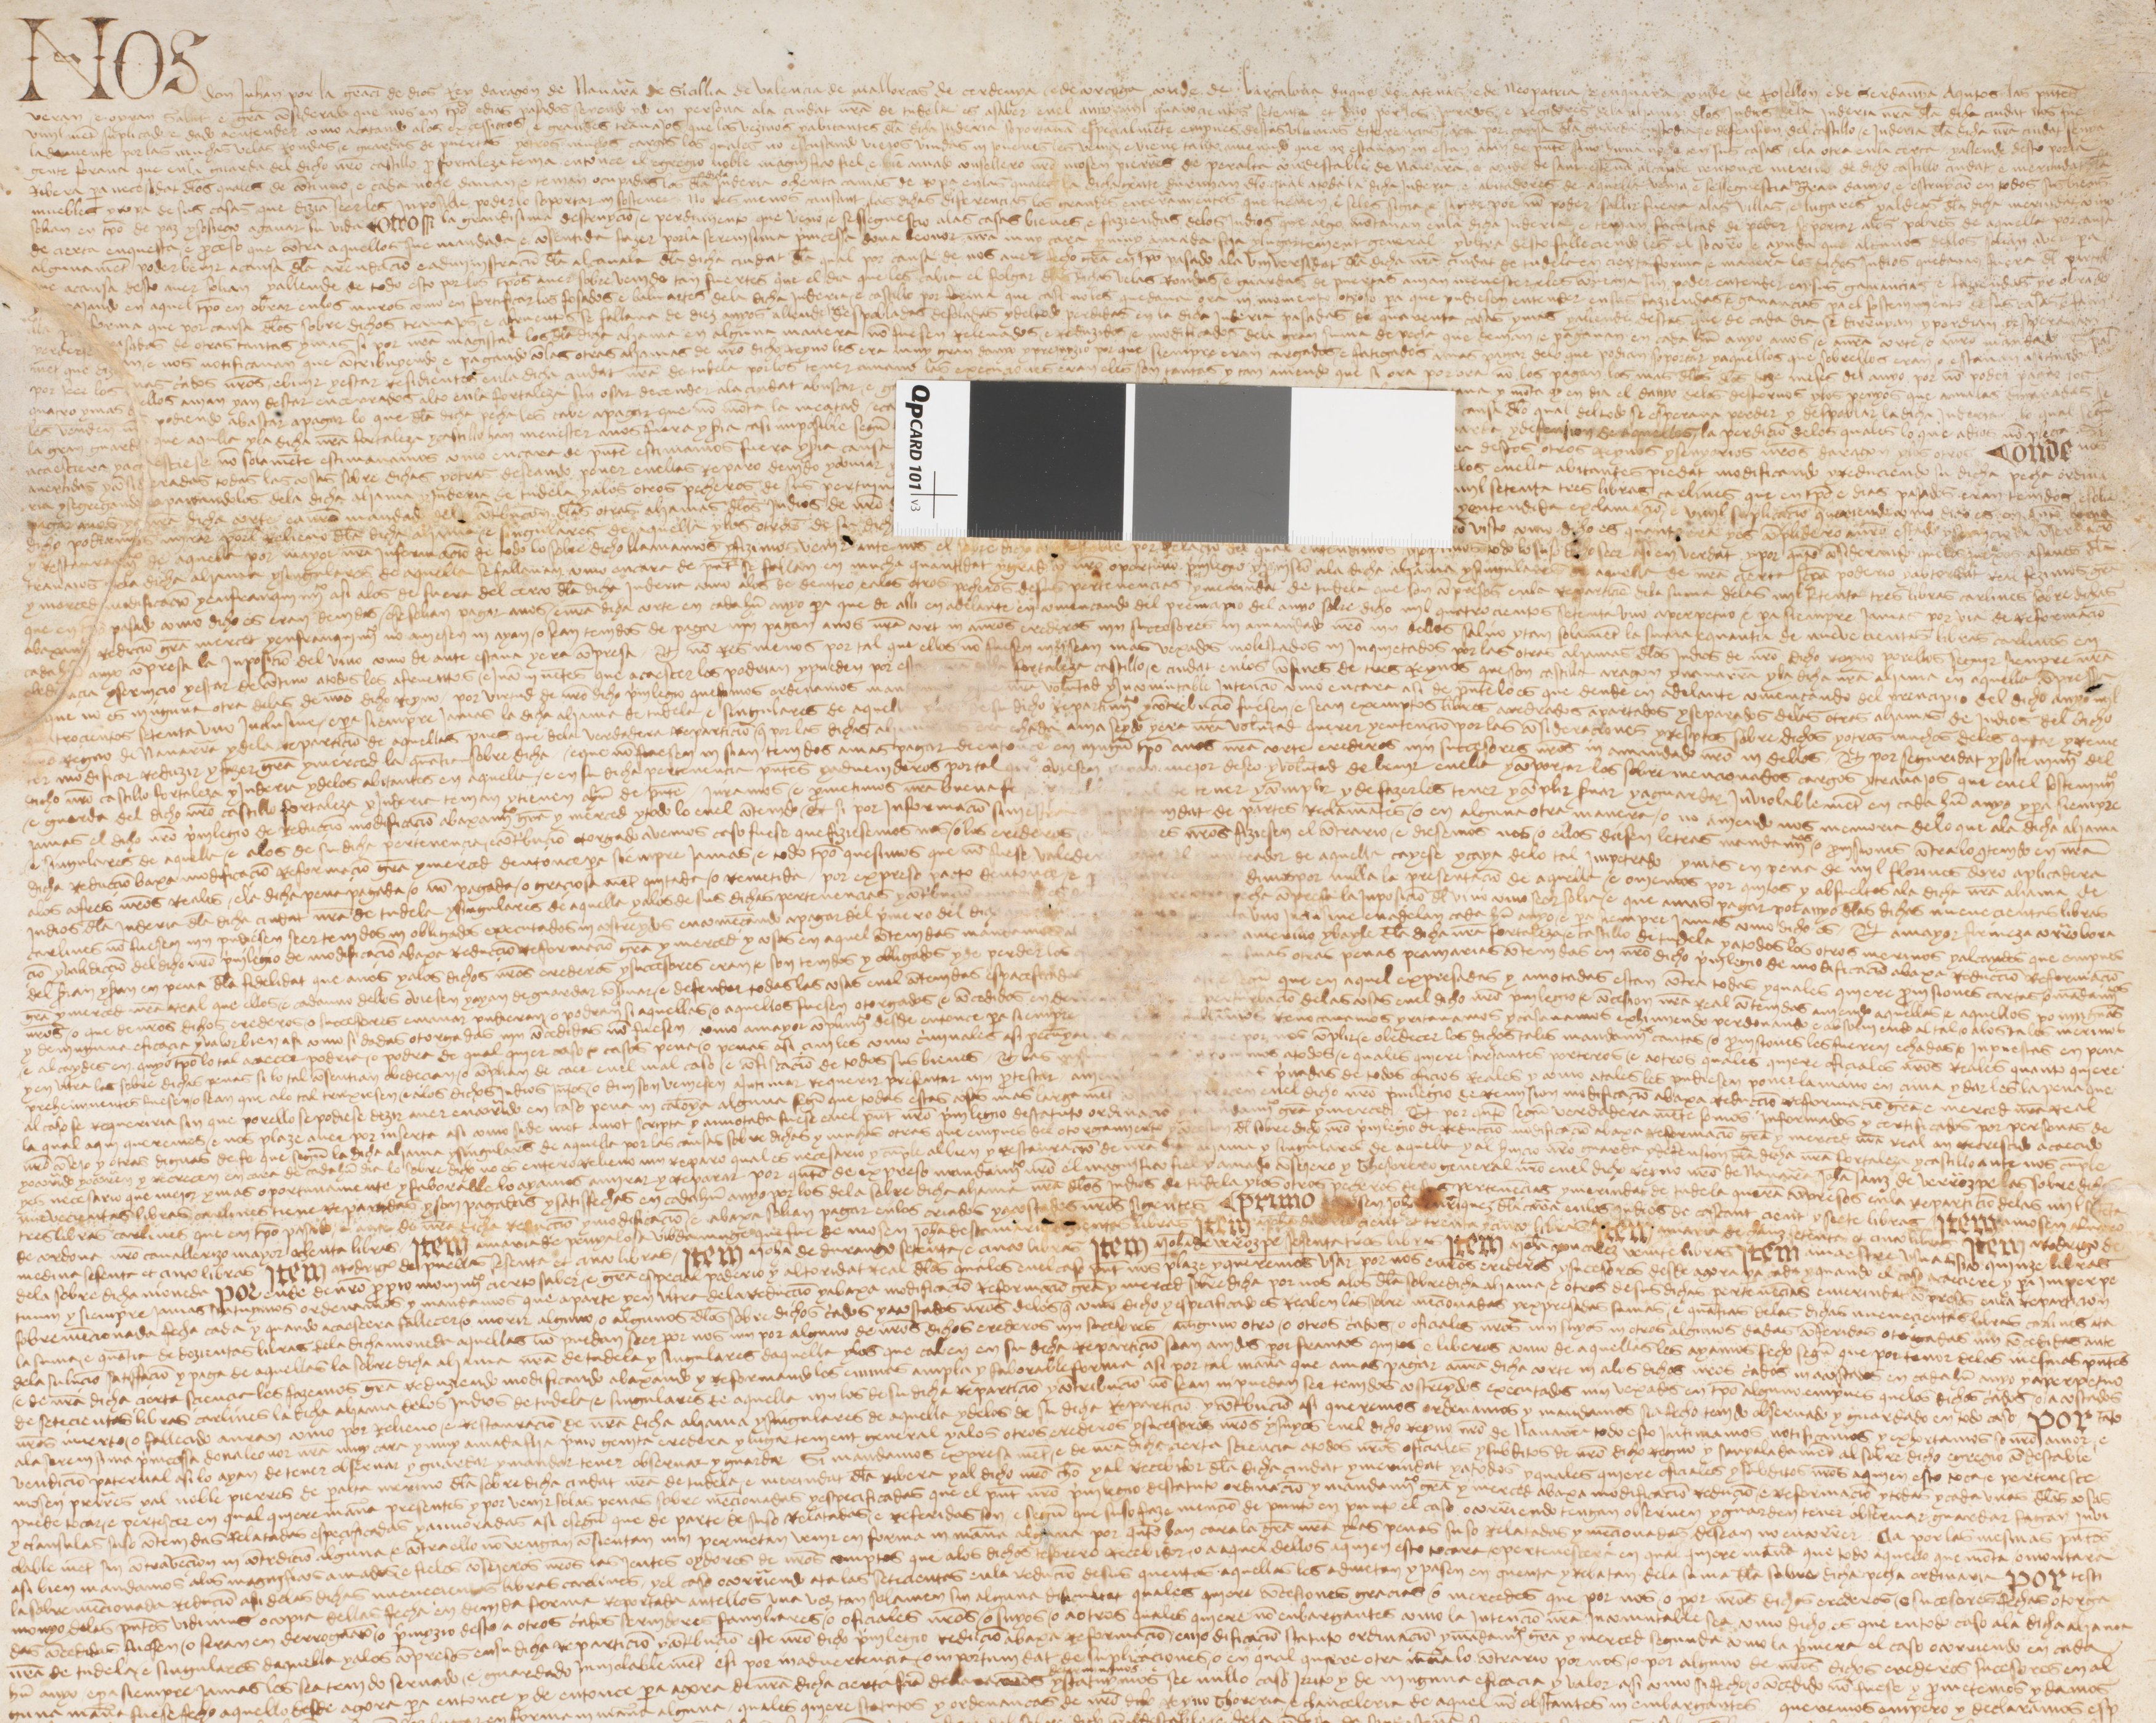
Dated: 1475–1475